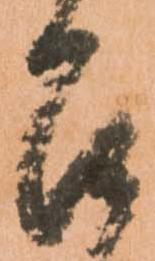
召